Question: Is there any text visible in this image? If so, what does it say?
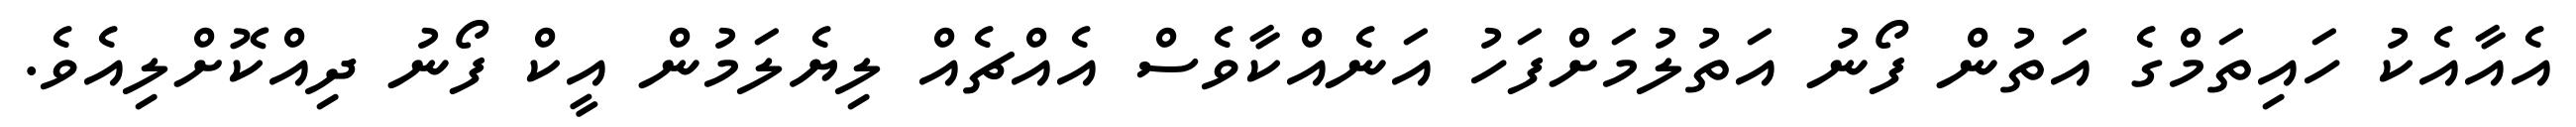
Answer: އެއާއެކު ހައިތަމްގެ އަތުން ފޯނު އަތުލުމަށްފަހު އަނެއްކާވެސް އެއްޗެއް ލިޔެލަމުން އީކް ފޯނު ދިއްކޮށްލިއެވެ.